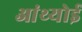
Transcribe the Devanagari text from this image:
आंथ्‍योई